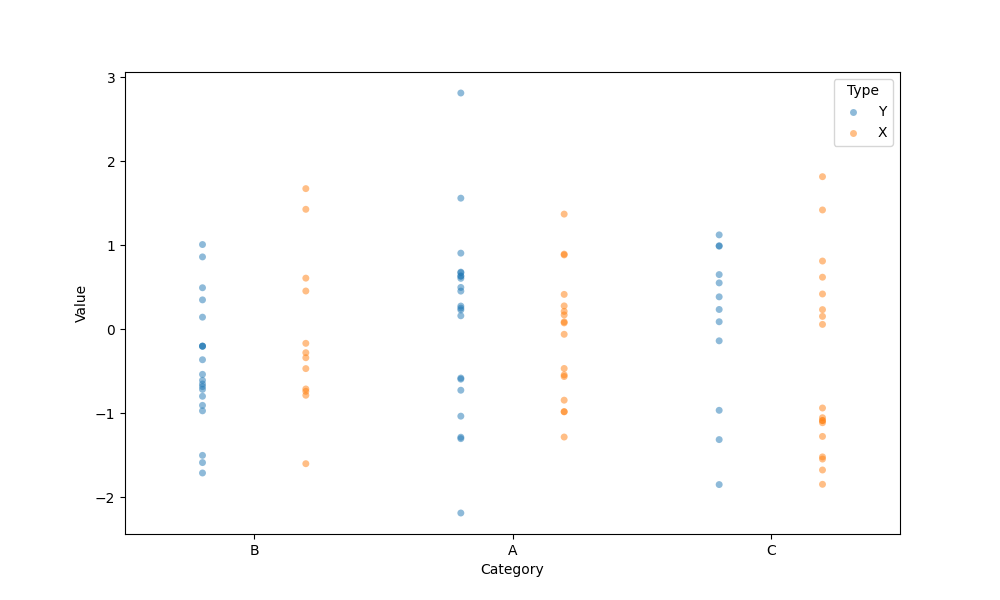
python, seaborn, stripplot, jitter=False, dodge=True, alpha=0.5, size=5